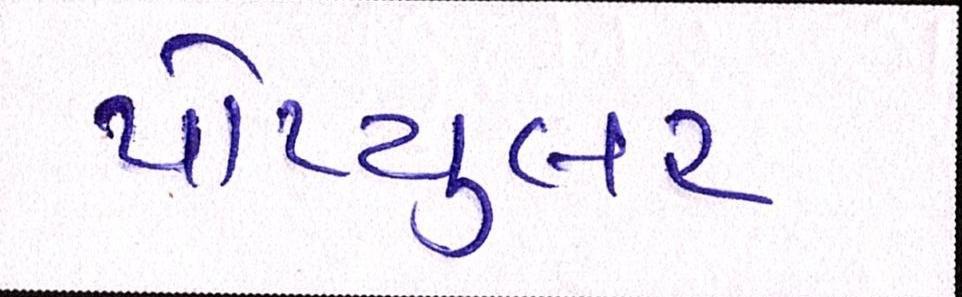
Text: પોપ્યુલર